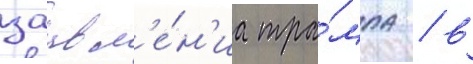
заавл'е́н'иа тра́мпа / в